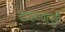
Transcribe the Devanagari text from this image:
टाकण्यापूर्वी